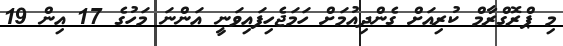
މި ޕްރޮގްރާމް ކުރިއަށް ގެންދިއުމަށް ހަމަޖެހިފައިވަނީ އަންނަ މަހުގެ 17 އިން 19